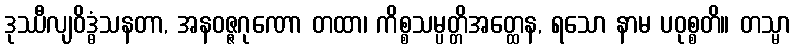
ဒုဿီလျဝိဒ္ဓံသနတာ, အနဝဇ္ဇဂုဏော တထာ၊ ကိစ္စသမ္ပတ္တိအတ္ထေန, ရသော နာမ ပဝုစ္စတိ။ တသ္မာ